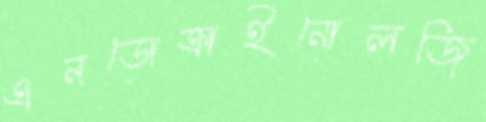
এনডোক্রাইনোলজি